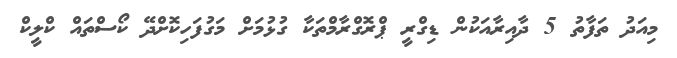
މިއަދު ތަފާތު 5 ދާއިރާއަކުން ޑިގްރީ ޕްރޮގްރާމްތަކާ ގުޅުމަށް މަގުފަހިކޮށްދޭ ކޯސްތައް ކްލީކް